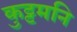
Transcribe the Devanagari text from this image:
कुट्टमनि